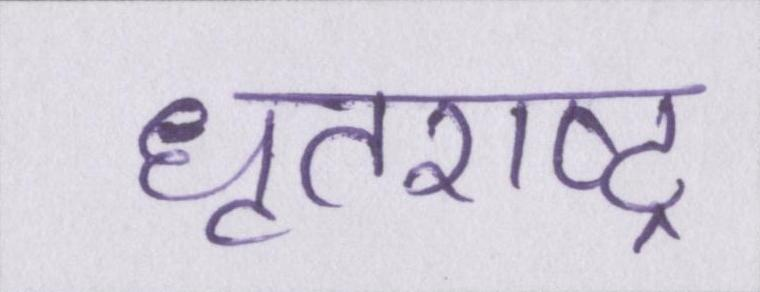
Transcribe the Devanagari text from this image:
धॄतराष्ट्र